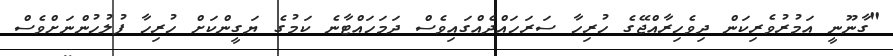
"ގާނޫނީ އަމުރުވެރިކަން ދިވެހިރާއްޖޭގެ ހުރިހާ ސަރަހައްދެއްގައިވެސް ދަމަހައްޓާނެ ކަމުގެ ޔަގީންކަށް ހުރިހާ ފުލުހުންނަށްވެސް